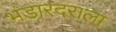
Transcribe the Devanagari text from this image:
भंडारदराला